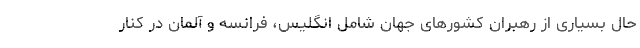
حال بسیاری از رهبران کشورهای جهان شامل انگلیس، فرانسه و آلمان در کنار